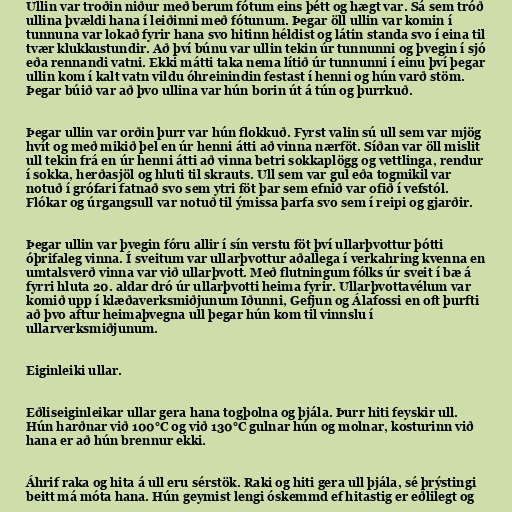
Ullin var troðin niður með berum fótum eins þétt og hægt var. Sá sem tróð
ullina þvældi hana í leiðinni með fótunum. Þegar öll ullin var komin í
tunnuna var lokað fyrir hana svo hitinn héldist og látin standa svo í eina til
tvær klukkustundir. Að því búnu var ullin tekin úr tunnunni og þvegin í sjó
eða rennandi vatni. Ekki mátti taka nema lítið úr tunnunni í einu því þegar
ullin kom í kalt vatn vildu óhreinindin festast í henni og hún varð stöm.
Þegar búið var að þvo ullina var hún borin út á tún og þurrkuð.

Þegar ullin var orðin þurr var hún flokkuð. Fyrst valin sú ull sem var mjög
hvít og með mikið þel en úr henni átti að vinna nærföt. Síðan var öll mislit
ull tekin frá en úr henni átti að vinna betri sokkaplögg og vettlinga, rendur
í sokka, herðasjöl og hluti til skrauts. Ull sem var gul eða togmikil var
notuð í grófari fatnað svo sem ytri föt þar sem efnið var ofið í vefstól.
Flókar og úrgangsull var notuð til ýmissa þarfa svo sem í reipi og gjarðir.

Þegar ullin var þvegin fóru allir í sín verstu föt því ullarþvottur þótti
óþrifaleg vinna. Í sveitum var ullarþvottur aðallega í verkahring kvenna en
umtalsverð vinna var við ullarþvott. Með flutningum fólks úr sveit í bæ á
fyrri hluta 20. aldar dró úr ullarþvotti heima fyrir. Ullarþvottavélum var
komið upp í klæðaverksmiðjunum Iðunni, Gefjun og Álafossi en oft þurfti
að þvo aftur heimaþvegna ull þegar hún kom til vinnslu í
ullarverksmiðjunum.

Eiginleiki ullar.

Eðliseiginleikar ullar gera hana togþolna og þjála. Þurr hiti feyskir ull.
Hún harðnar við 100°C og við 130°C gulnar hún og molnar, kosturinn við
hana er að hún brennur ekki.

Áhrif raka og hita á ull eru sérstök. Raki og hiti gera ull þjála, sé þrýstingi
beitt má móta hana. Hún geymist lengi óskemmd ef hitastig er eðlilegt og